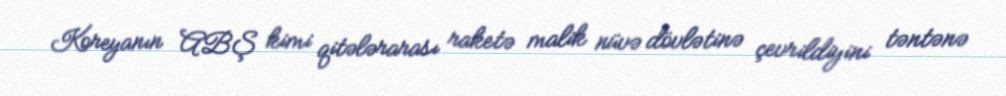
Koreyanın ABŞ kimi qitələrarası raketə malik nüvə dövlətinə çevrildiyini təntənə